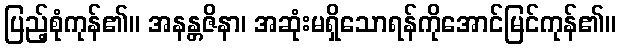
ပြည့်စုံကုန်၏။ အနန္တဇိနာ၊ အဆုံးမရှိသောရန်ကိုအောင်မြင်ကုန်၏။